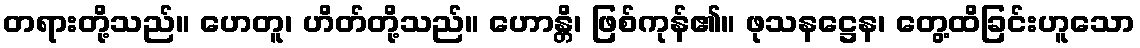
တရားတို့သည်။ ဟေတူ၊ ဟိတ်တို့သည်။ ဟောန္တိ၊ ဖြစ်ကုန်၏။ ဖုသနဋ္ဌေန၊ တွေ့ထိခြင်းဟူသော